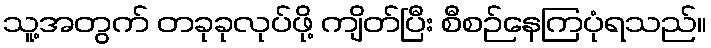
သူ့အတွက် တခုခုလုပ်ဖို့ ကျိတ်ပြီး စီစဉ်နေကြပုံရသည်။